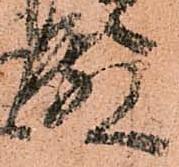
殿